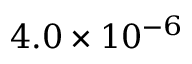
4 . 0 \times 1 0 ^ { - 6 }